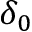
\delta _ { 0 }